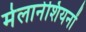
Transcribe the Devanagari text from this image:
मेलानेशियनों